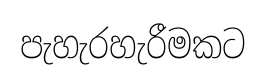
පැහැරහැරීමකට